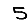
Digit: 5